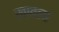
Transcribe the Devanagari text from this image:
खावला